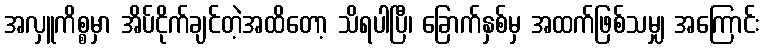
အလှူကိစ္စမှာ အိပ်ငိုက်ချင်တဲ့အထိတော့ သိရပါပြီ၊ ခြောက်နှစ်မှ အထက်ဖြစ်သမျှ အကြောင်း